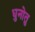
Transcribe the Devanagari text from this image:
धुनोतु